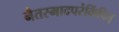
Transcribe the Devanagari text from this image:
नैतस्मादपरंकिंचित्